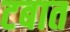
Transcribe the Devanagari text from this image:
टबात